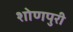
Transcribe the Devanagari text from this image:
शोणपुरी